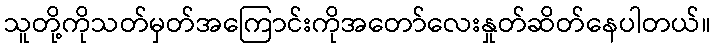
သူတို့ကိုသတ်မှတ်အကြောင်းကိုအတော်လေးနှုတ်ဆိတ်နေပါတယ်။